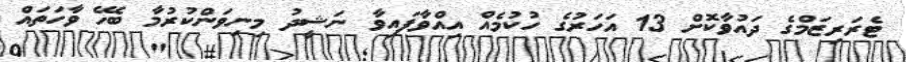
ޓެރަރިޒަމްގެ ދައުވާކޮށް 13 އަހަރުގެ ހުކުމެއް އިއްވާފައިވާ ނަޝީދު މިނިވަންކުރުމާ ބެހޭ ވާހަތައް